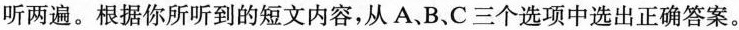
听两遍。根据你所听到的短文内容,从 A、B、C三个选项中选出正确答案。